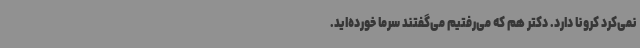
نمی‌کرد کرونا دارد. دکتر هم که می‌رفتیم می‌گفتند سرما خورده‌اید.